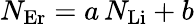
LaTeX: N_{\mathrm{Er}}=a\, N_{\mathrm{Li}}+b